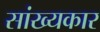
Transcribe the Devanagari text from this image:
सांख्यकार